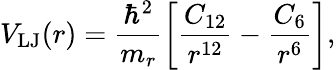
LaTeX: V_{\mathrm{LJ}}(r)=\frac{\hbar^{2}}{m_{r}}\left[\frac{C_{12}}{r^{12}}-\frac{C_{6}}{r^{6}}\right],